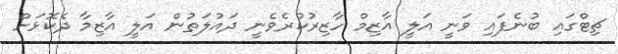
ޗިޓްގައި ބުނެފައި ވަނީ އަލީ އާޒިމް ހާޒިރުކުރެވެނީ ދައުލަތުން އަލީ އާޒިމާ ދެކޮޅަށް